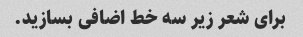
برای شعر زیر سه خط اضافی بسازید.